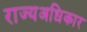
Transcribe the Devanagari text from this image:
राज्यअधिकार